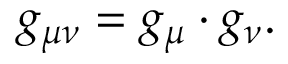
g _ { \mu \nu } = g _ { \mu } \cdot g _ { \nu } .